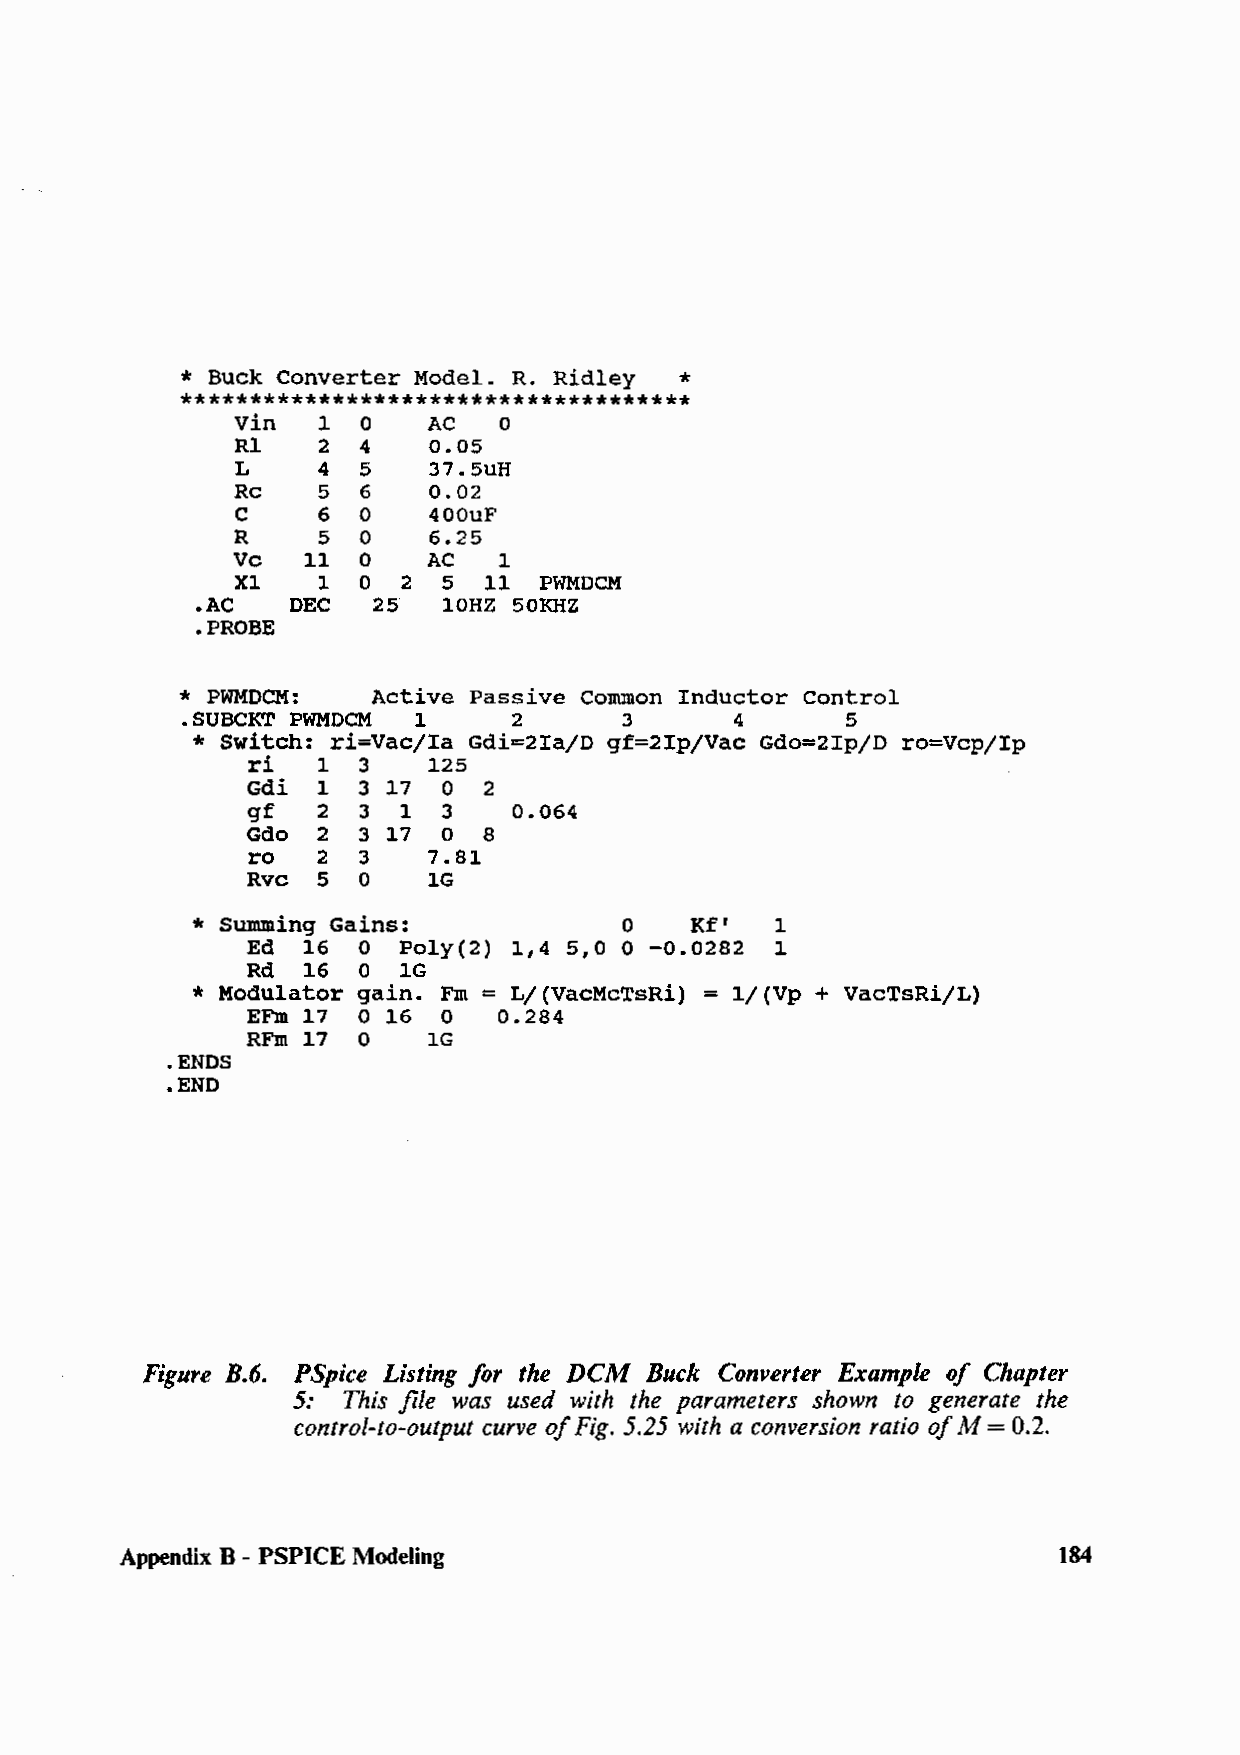
* Buck Converter Model. R. Ridley *
 *************************************
 Vin  1  0   AC   0
 Rl   2  4   0.05
 L    4  5   37.SuH
 Re   5  6   0.02
 C    6  0   400uF
 R     5  0   6.25
 Ve   11  0   AC   1
 Xl   1  0  2 5  11  PWMDCM
 .AC   DEC   25" lOHZ 50KHZ
 .PROBE
 * PWMDCM:    Active Passive Common Inductor Control
 .SUBCKT PWMDCM 1      2      3       4      5
 * switch: ri=Vac/Ia Gdi=2Ia/D gf=2Ip/Vac Gdo=2Ip/D ro=Vcp/Ip
 ri   1  3   125
 Gdi  1  3 17 0  2
 gf   2  3 1  3    0.064
 Gdo  2  3 17 0  8
 ro   2  3   7.81
 Rvc  5  o   lG
 * Summing Gains:            0    Kf'  1
 Ed  16  0 Poly(2) 1,4 5,0 0 -0.0282 1
 Rd  16  0  lG
 * Modulator gain. Fm= L/(VacMcTsRi) = 1/(Vp + vacTsRi/L)
 EFm 17  0 16 0   0.284
 RFm 17  0   lG
 .ENDS
 .END
 Figure B.6. PSpice Listing for the DCM Buck Converter Example of Chapter
 5:  This file was used with the parameters shown to generate the
 control-to-output curve of Fig. 5.25 with a conversion ratio of M = 0.2.
 Appendix B - PSPICE Modeling                                  184